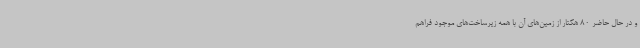
و در حال حاضر 80 هکتار از زمین‌های آن با همه زیرساخت‌های موجود فراهم